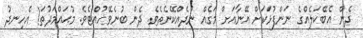
ދެން އެބޭކަލެއްގެ ނަންފުޅަކަށް އޭނާއަށް މަގެއް ނުދެއްކޭނެތެވެ. ދެން ބުނެވޭހުއްޓެވެ. މުޙައްމަދުތަ! އެހިނދު